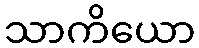
သာကိယော